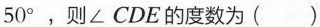
5 0 °$$，则∠CDE的度数为（）